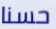
حسنا